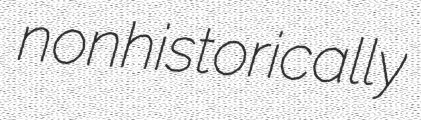
nonhistorically